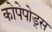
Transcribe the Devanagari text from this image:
कोपेपोड्स